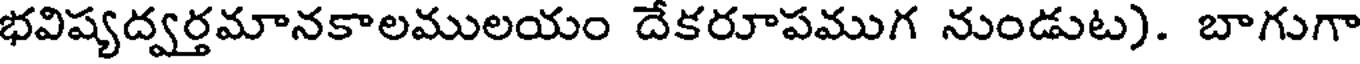
భవిష్యద్వర్తమానకాలములయం దేకరూపముగ నుండుట). బాగుగా